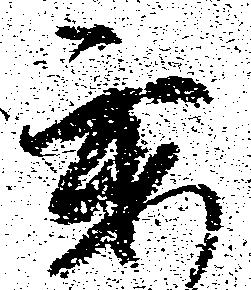
要